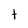
Character: t